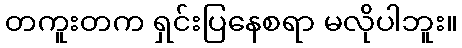
တကူးတက ရှင်းပြနေစရာ မလိုပါဘူး။